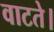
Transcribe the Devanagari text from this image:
वाटते।